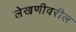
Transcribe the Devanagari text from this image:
लेखणीवरील